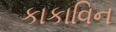
કાકાવિન